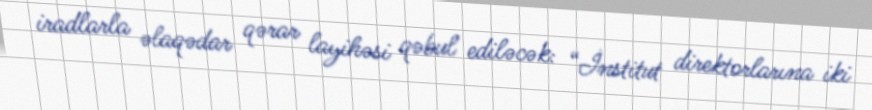
iradlarla əlaqədar qərar layihəsi qəbul ediləcək: “İnstitut direktorlarına iki